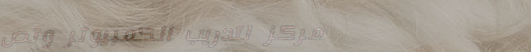
مركز لتدريب الكمبيوتر وتص